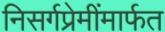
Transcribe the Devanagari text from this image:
निसर्गप्रेमींमार्फत